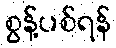
စွန့်ပစ်ရန်